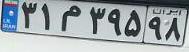
۳۱م۳۹۵۹۸